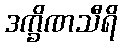
ဒက္ခိဏသီရိ